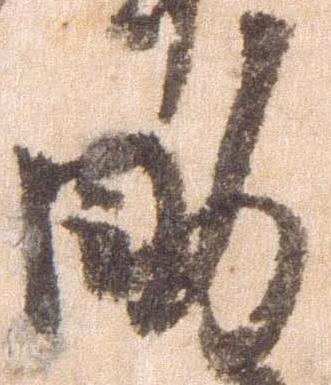
助